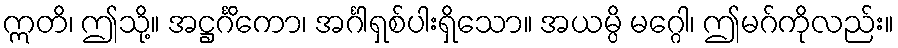
ဣတိ၊ ဤသို့။ အဋ္ဌင်္ဂိကော၊ အင်္ဂါရှစ်ပါးရှိသော။ အယမ္ပိ မဂ္ဂေါ၊ ဤမဂ်ကိုလည်း။